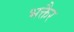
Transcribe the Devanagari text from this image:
भक्तैर